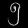
Digit: ၅